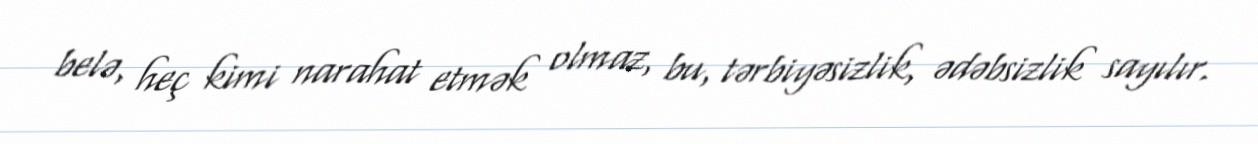
belə, heç kimi narahat etmək olmaz, bu, tərbiyəsizlik, ədəbsizlik sayılır.